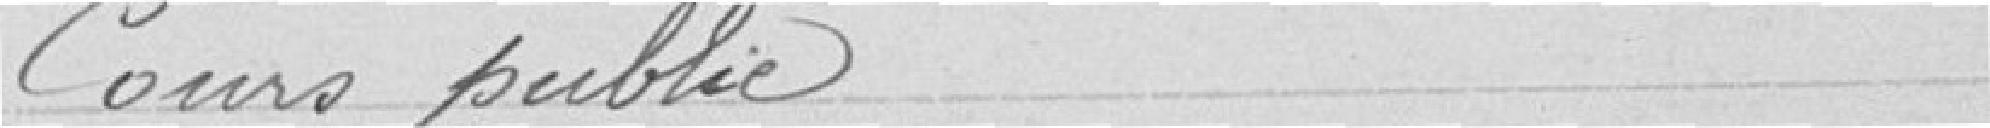
Cours public